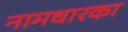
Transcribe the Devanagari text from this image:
नामधारका